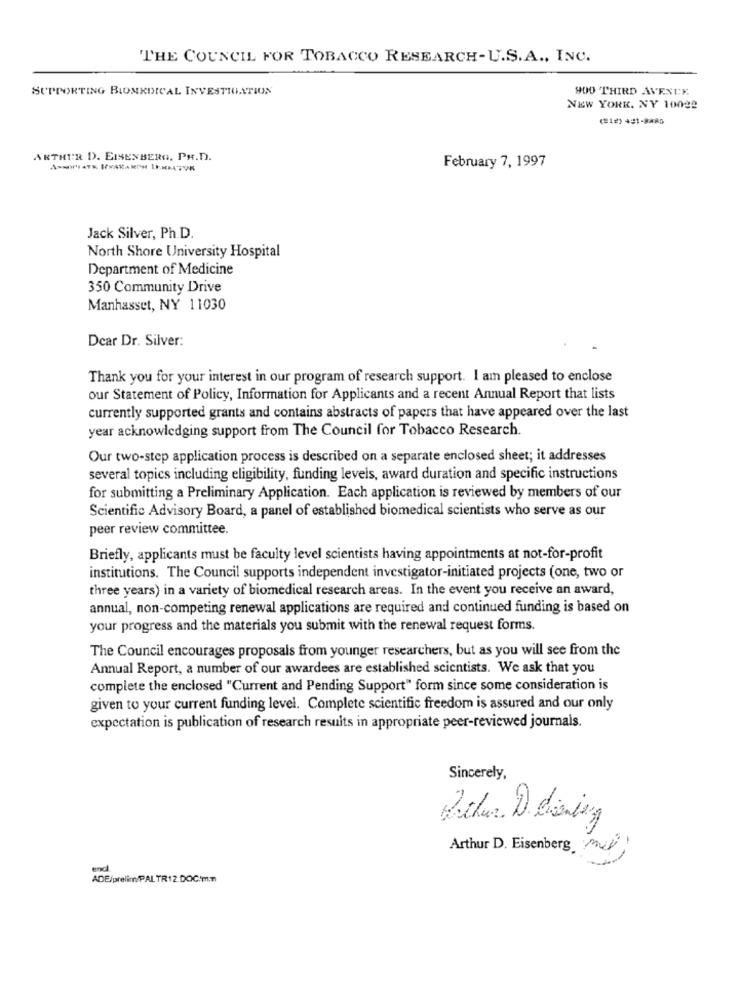
THE COUNCIL FOR TOBACCO RESEARCH-U.S.A ., INC.
SUPPORTING BIOMEDICAL INVESTIGATION
900 THIRD AVENIK.
NEW YORK, NY 10022
(212) 441-8885
ARTHUR D. EISENBERG, PH.D.
February 7, 1997
Jack Silver, Ph.D.
North Shore University Hospital
Department of Medicine
350 Community Drive
Manhasset, NY 11030
Dear Dr. Silver:
Thank you for your interest in our program of research support. I am pleased to enclose
our Statement of Policy, Information for Applicants and a recent Annual Report that lists
currently supported grants and contains abstracts of papers that have appeared over the last
year acknowledging support from The Council for Tobacco Research.
Our two-step application process is described on a separate enclosed sheet; it addresses
several topics including eligibility, funding levels, award duration and specific instructions
for submitting a Preliminary Application. Each application is reviewed by members of our
Scientific Advisory Board, a panel of established biomedical scientists who serve as our
peer review committee.
Briefly, applicants must be faculty level scientists having appointments at not-for-profit
institutions. The Council supports independent investigator-initiated projects (one, two or
three years) in a variety of biomedical research areas. In the event you receive an award,
annual, non-competing renewal applications are required and continued funding is based on
your progress and the materials you submit with the renewal request forms.
The Council encourages proposals from younger researchers, but as you will see from the
Annual Report, a number of our awardees are established scientists. We ask that you
complete the enclosed "Current and Pending Support" form since some consideration is
given to your current funding level. Complete scientific freedom is assured and our only
expectation is publication of research results in appropriate peer-reviewed journals.
Sincerely,
Arthur D. Eisenberg
m
und
ADE/prelim/PAL TR12.DOCm.m